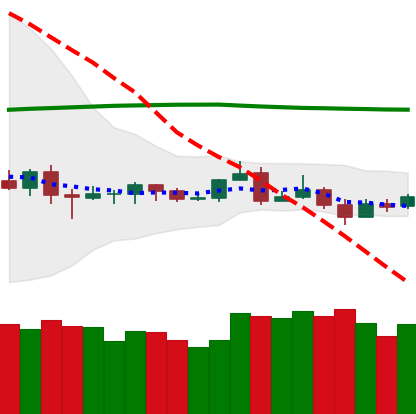
Ticker: ETC-USD
Chart end date: 2019-08-13
Forward return: -5.488%
Label: down_5_7